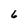
Character: 6